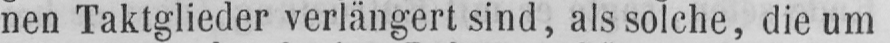
nen Taktglieder verlängert sind, als solche, die um